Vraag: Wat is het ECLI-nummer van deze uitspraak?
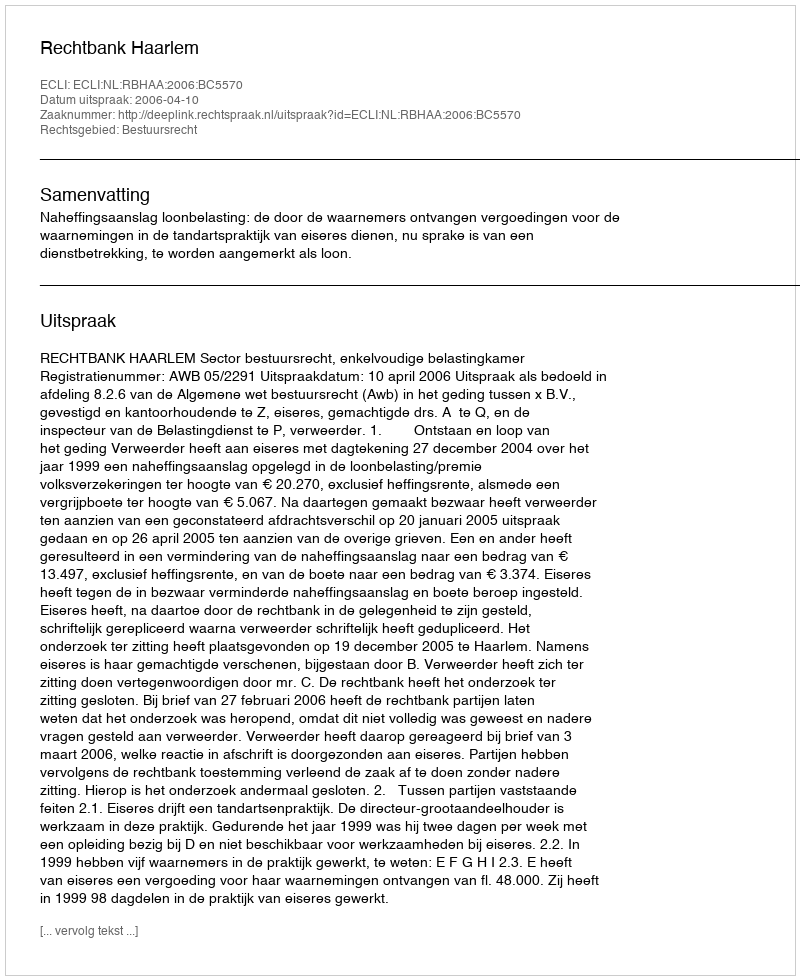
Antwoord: ECLI:NL:RBHAA:2006:BC5570